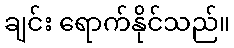
ချင်း ရောက်နိုင်သည်။